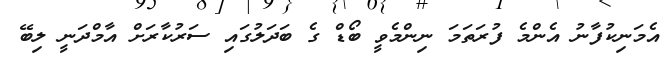
އެމަނިކުފާނު އެންމެ ފުރަތަމަ ނިންމެވީ ބޯޑް ގެ ބަދަލުގައި ސަރުކާރަށް އާމްދަނީ ލިބޭ